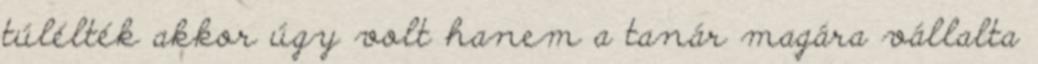
túlélték akkor úgy volt hanem a tanár magára vállalta